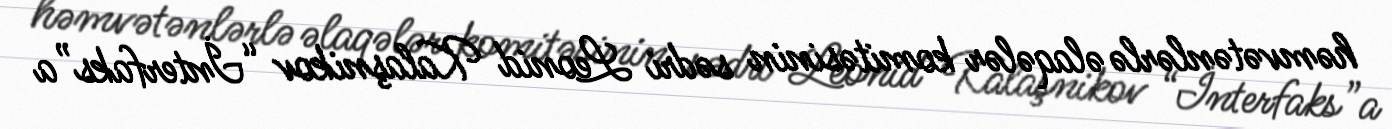
həmvətənlərlə əlaqələr komitəsinin sədri Leonid Kalaşnikov “İnterfaks”a